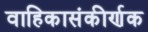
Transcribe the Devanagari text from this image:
वाहिकासंकीर्णक